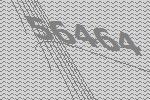
56464